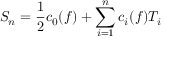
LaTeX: S _ { n } = { \frac { 1 } { 2 } } c _ { 0 } ( f ) + \sum _ { i = 1 } ^ { n } c _ { i } ( f ) T _ { i }